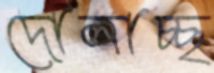
দোলাচ্ছ